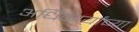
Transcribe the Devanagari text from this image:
अधिकार्यांच्या